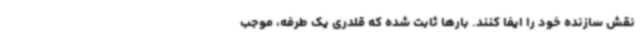
نقش سازنده خود را ایفا کنند. بارها ثابت شده که قلدری یک طرفه، موجب